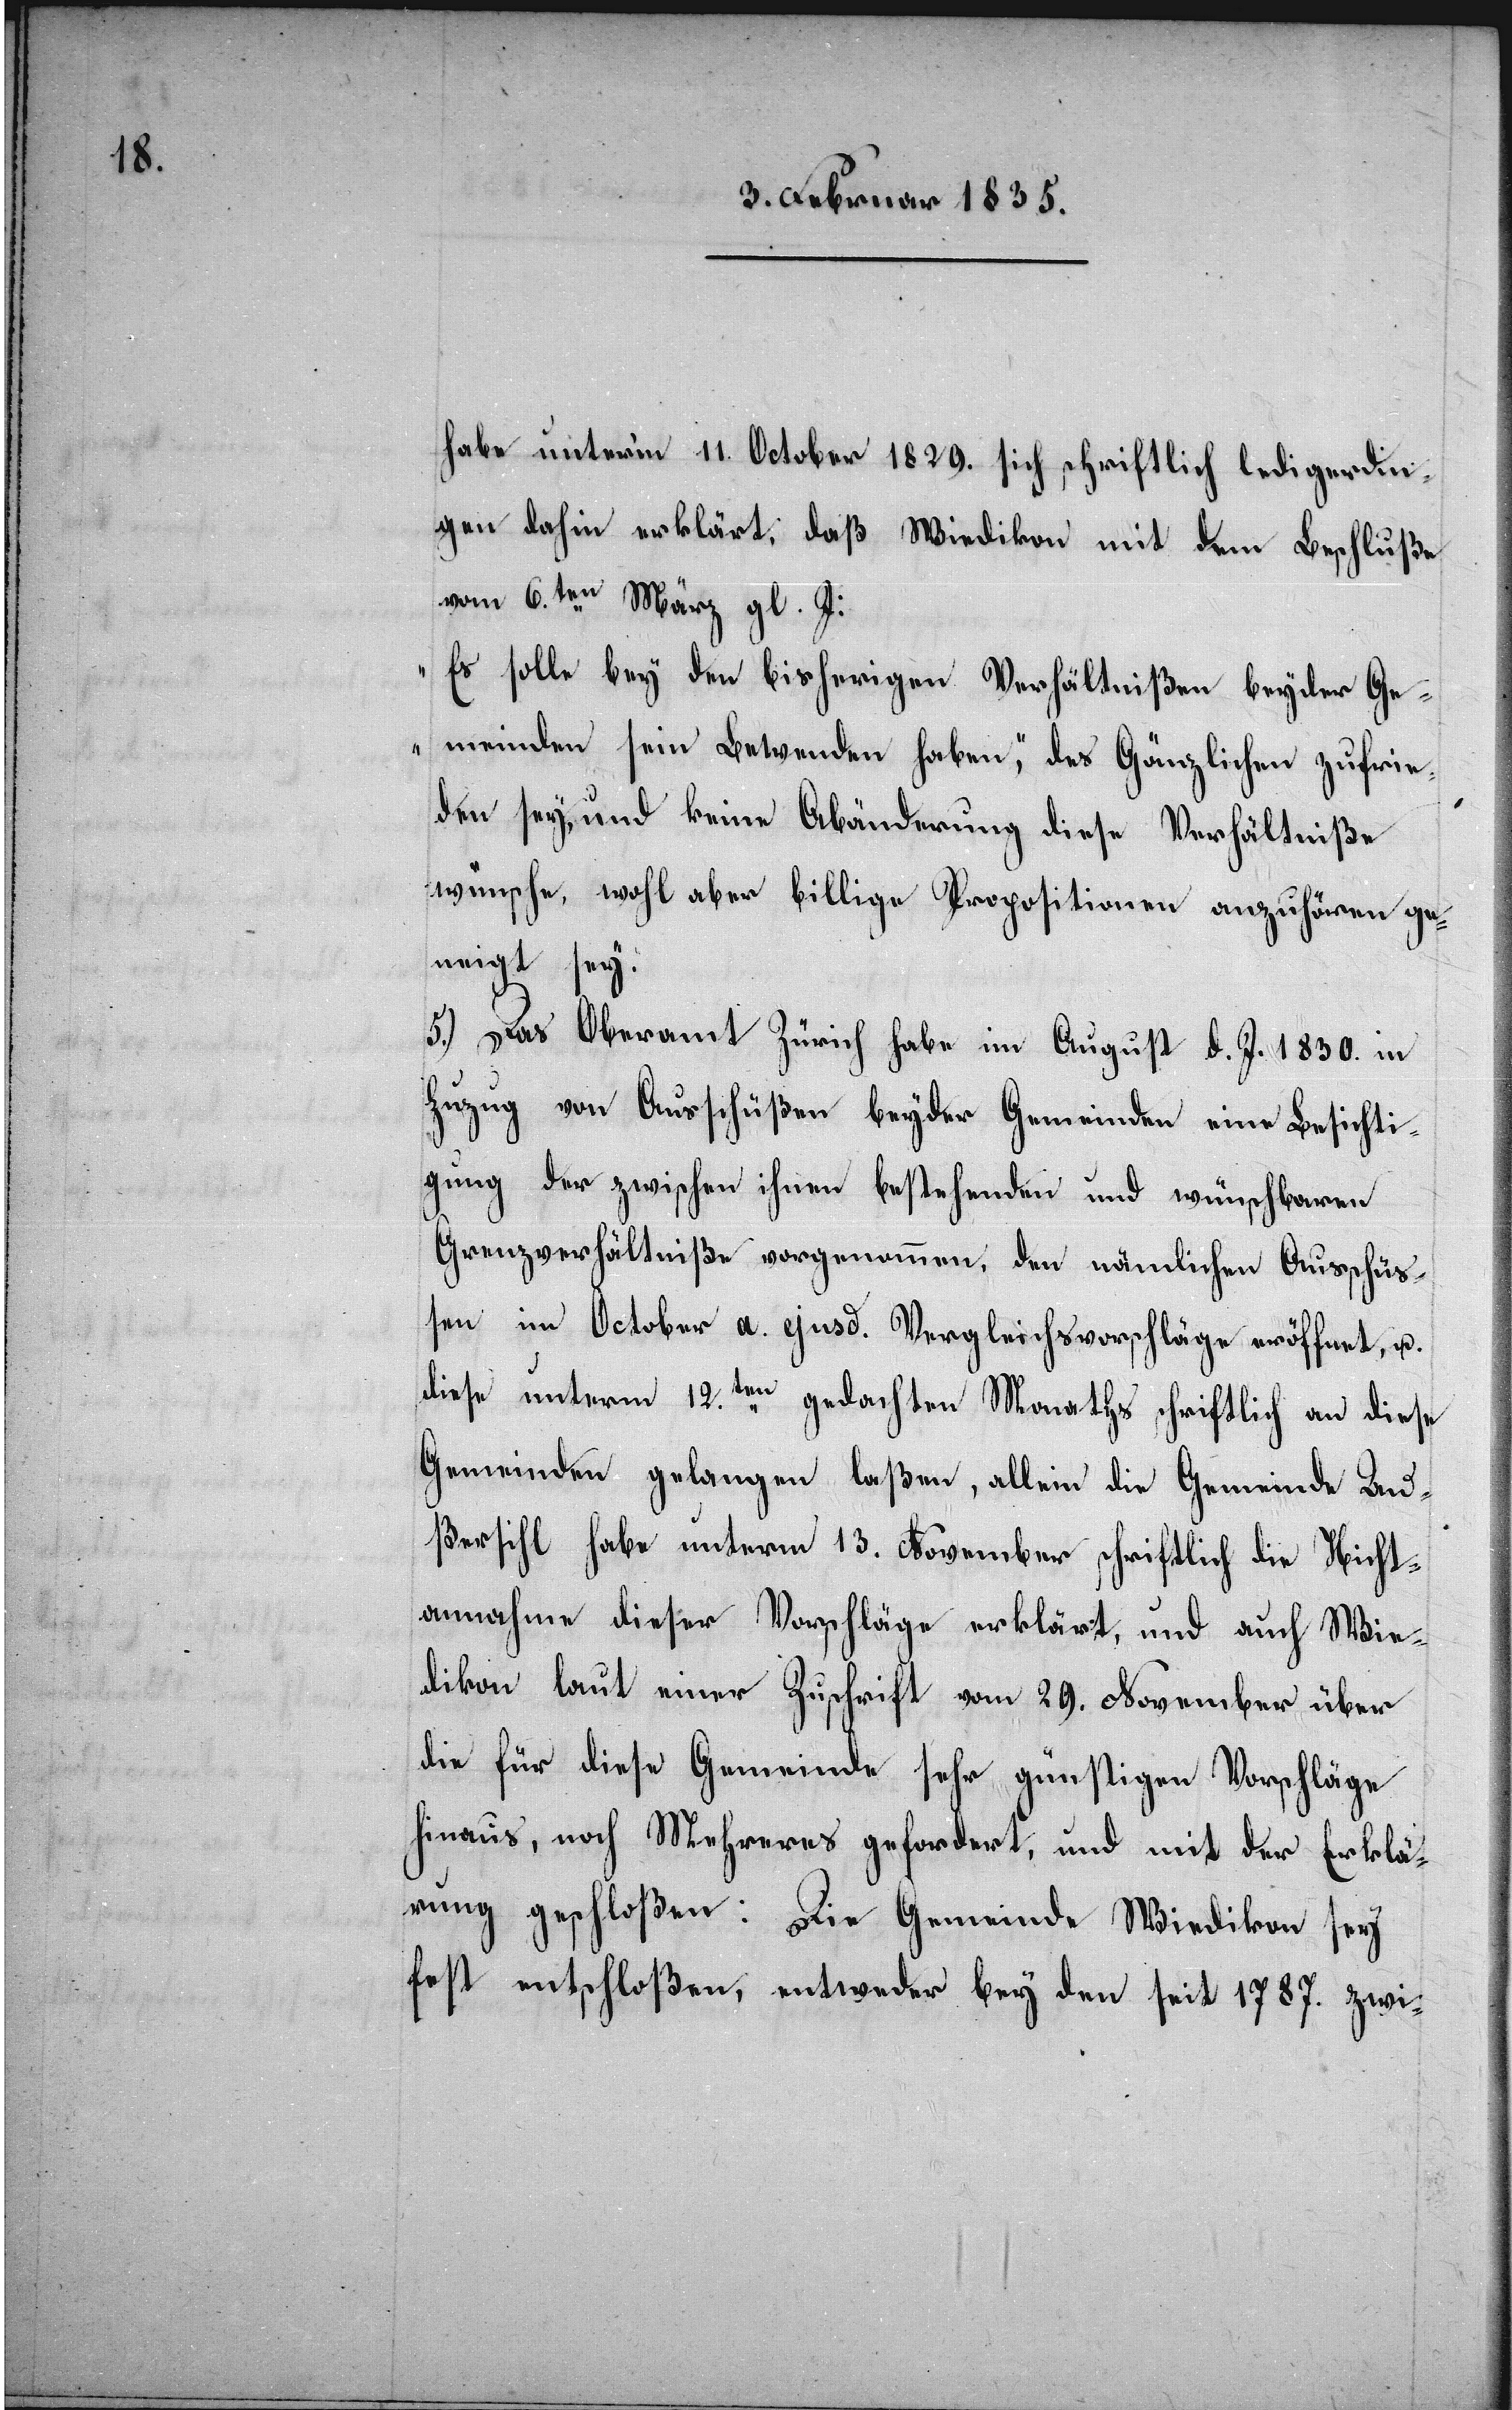
habe unterm 11. October 1829. sich schriftlich ledigerdin¬
gen dahin erklärt, daß Wiedikon mit dem Beschluße
vom 6.ten März gl. J:
„Es solle bey den bisherigen Verhältnißen beyder Ge¬
meinden sein Bewenden haben,“ des Gänzlichen zufrie¬
den sey, und keine Abänderung diese Verhältniße
wünsche, wohl aber billige Propositionen anzuhören ge¬
neigt sey.
5.) Das Oberamt Zürich habe im August d. J. 1830. in
Zuzug von Ausschüßen beyder Gemeinden eine Besichti¬
gung der zwischen ihnen bestehenden und wünschbaren
Grenzverhältniße vorgenommen, den nämlichen Ausschüß¬
en im October a. ejusd. Vergleichsvorschläge eröffnet, u.
diese unterm 12.ten gedachten Monaths schriftlich an diese
Gemeinden gelangen laßen, allein die Gemeinde Au¬
ßersihl habe unterm 13. November schriftlich die Nicht¬
annahme dieser Vorschläge erklärt, und auch Wie¬
dikon laut einer Zuschrift vom 29. November über
die für diese Gemeinde sehr günstigen Vorschläge
hinaus, noch Mehreres gefordert, und mit der Erklä¬
rung geschloßen: Die Gemeinde Wiedikon sey
fest entschloßen, entweder bey den seit 1787. zwi-